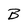
Character: B